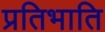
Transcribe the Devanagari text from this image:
प्रतिभाति